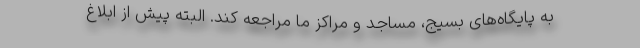
به پایگاه‌های بسیج، مساجد و مراکز ما مراجعه کند. البته پیش از ابلاغ